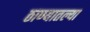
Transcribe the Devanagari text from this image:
ठाण्यातल्या